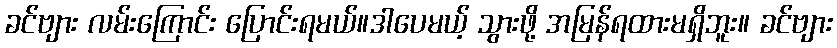
ခင်ဗျား လမ်းကြောင်း ပြောင်းရမယ်။ဒါပေမယ့် သွားဖို့ အမြန်ရထားမရှိဘူး။ ခင်ဗျား